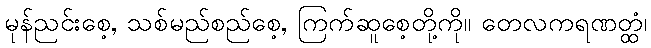
မုန်ညင်းစေ့, သစ်မည်စည်စေ့, ကြက်ဆူစေ့တို့ကို။ တေလကရဏတ္ထံ၊